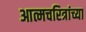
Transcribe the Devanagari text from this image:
आत्मचरित्रांच्या